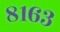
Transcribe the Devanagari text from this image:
८१६३